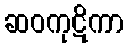
ဆဝကုဋိကာ